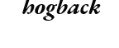
hogback